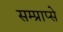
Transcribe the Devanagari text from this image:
सम्प्राप्से